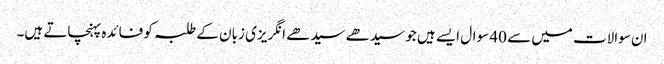
ان سوالات میں سے 40 سوال ایسے ہیں جو سیدھے سیدھے انگریزی زبان کے طلبہ کو فائدہ پہنچاتے ہیں۔